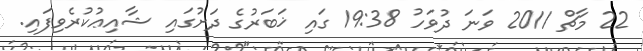
22 މާޗް 2011 ވަނަ ދުވަހު 19:38 ގައި ޚަބަރުގެ ދަށުގައި ޝާއިޢުކުރެވިފައި.